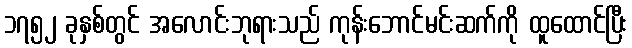
၁၇၅၂ ခုနှစ်တွင် အလောင်းဘုရားသည် ကုန်းဘောင်မင်းဆက်ကို ထူထောင်ပြီး